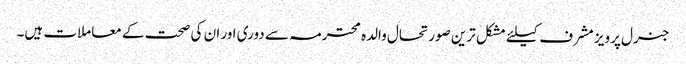
جنرل پرویز مشرف کیلئے مشکل ترین صورتحال والدہ محترمہ سے دوری اور ان کی صحت کے معاملات ہیں۔